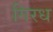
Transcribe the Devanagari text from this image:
गिरध